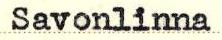
Savonlinna